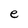
Character: e